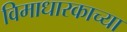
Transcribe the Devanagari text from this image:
विमाधारकाच्या